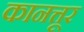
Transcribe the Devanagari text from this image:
कानत्तूर